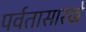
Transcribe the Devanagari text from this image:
पर्वतासारखे